Indian journal of veterinary science and animal husbandry - Volume 14,
Year: 1944
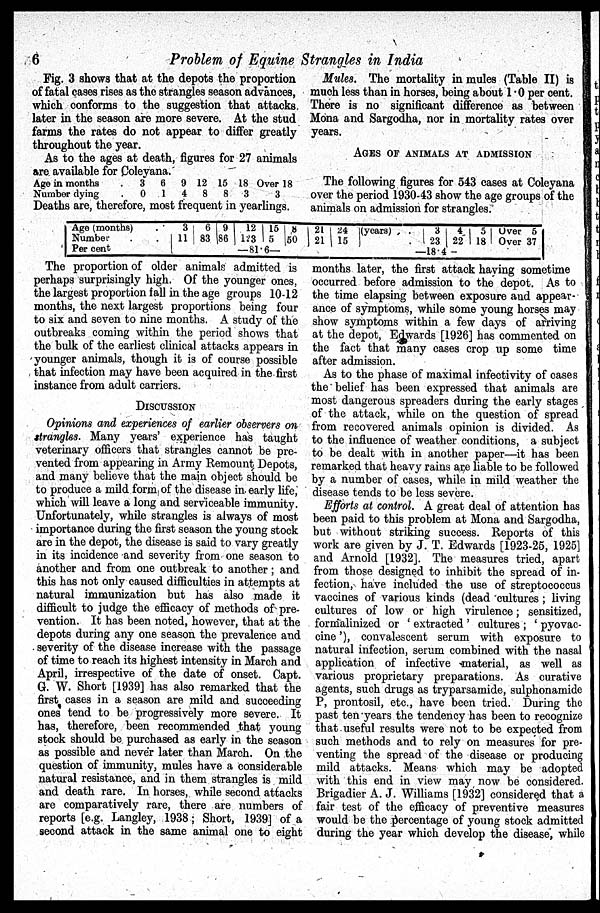
6
Problem of Equine Strangles in India
Fig. 3 shows that at the depots the proportion
of fatal cases rises as the strangles season advances,
which conforms to the suggestion that attacks
later in the season are more severe. At the stud
farms the rates do not appear to differ greatly
throughout the year.
As to the ages at death, figures for 27 animals
are available for Coleyana.
Age in months .
Number dying .
3
0
6
1
9
4
12
8
15
8
18
3
Over 18
3
Deaths are, therefore, most frequent in yearlings.
Mules. The mortality in mules (Table II) is
much less than in horses, being about 1.0 per cent.
There is no significant difference as between
Mona and Sargodha, nor in mortality rates over
years.
AGES OF ANIMALS AT ADMISSION
The following figures for 543 cases at Coleyana
over the period 1930-43 show the age groups of the
animals on admission for strangles.
Age (months) .
Number . .
Per cent
3
11
6
83
9
86
12
123
15
5
— 81.6—
8
50 21
21
24
15
(years) . .
.
3
23
4
22
—18.4—
5
18
Over 5
Over 37
The proportion of older animals admitted is
perhaps surprisingly high. Of the younger ones,
the largest proportion fall in the age groups 10-12
months, the next largest proportions being four
to six and seven to nine months. A study of the
outbreaks coming within the period shows that
the bulk of the earliest clinical attacks appears in
younger animals, though it is of course possible
that infection may have been acquired in the first
instance from adult carriers.
DISCUSSION
Opinions and experiences of earlier observers on
strangles. Many years' experience has taught
veterinary officers that strangles cannot be pre-
vented from appearing in Army Remount Depots,
and many believe that the main object should be
to produce a mild form of the disease in early life,
which will leave a long and serviceable immunity.
Unfortunately, while strangles is always of most
importance during the first season the young stock
are in the depot, the disease is said to vary greatly
in its incidence and severity from one season to
another and from one outbreak to another; and
this has not only caused difficulties in attempts at
natural immunization but has also made it
difficult to judge the efficacy of methods of pre-
vention. It has been noted, however, that at the
depots during any one season the prevalence and
severity of the disease increase with the passage
of time to reach its highest intensity in March and
April, irrespective of the date of onset. Capt.
G. W. Short [1939] has also remarked that the
first cases in a season are mild and succeeding
ones tend to be progressively more severe. It
has, therefore, been recommended that young
stock should be purchased as early in the season
as possible and never later than March. On the
question of immunity, mules have a considerable
natural resistance, and in them strangles is mild
and death rare. In horses, while second attacks
are comparatively rare, there are numbers of
reports [e.g. Langley, 1938; Short, 1939] of a
second attack in the same animal one to eight
months later, the first attack haying sometime
occurred before admission to the depot. As to
the time elapsing between exposure and appear-
ance of symptoms, while some young horses may
show symptoms within a few days of arriving
at the depot, Edwards [1926] has commented on
the fact that many cases crop up some time
after admission.
As to the phase of maximal infectivity of cases
the belief has been expressed that animals are
most dangerous spreaders during the early stages
of the attack, while on the question of spread
from recovered animals opinion is divided. As
to the influence of weather conditions, a subject
to be dealt with in another paper—it has been
remarked that heavy rains are liable to be followed
by a number of cases, while in mild weather the
disease tends to be less severe.
Efforts at control. A great deal of attention has
been paid to this problem at Mona and Sargodha,
but without striking success. Reports of this
work are given by J. T. Edwards [1923-25, 1925]
and Arnold [1932]. The measures tried, apart
from those designed to inhibit the spread of in-
fection, have included the use of streptococcus
vaccines of various kinds (dead cultures; living
cultures of low or high virulence; sensitized,
formalinized or 'extracted' cultures; 'pyovac-
cine'), convalescent serum with exposure to
natural infection, serum combined with the nasal
application of infective material, as well as
various proprietary preparations. As curative
agents, such drugs as tryparsamide, sulphonamide
P, prontosil, etc., have been tried. During the
past ten years the tendency has been to recognize
that useful results were not to be expected from
such methods and to rely on measures for pre-
venting the spread of the disease or producing
mild attacks. Means which may be adopted
with this end in view may now be considered.
Brigadier A. J. Williams [1932] considered that a
fair test of the efficacy of preventive measures
would be the percentage of young stock admitted
during the year which develop the disease, while